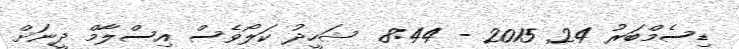
ޑިސެމްބަރު 24